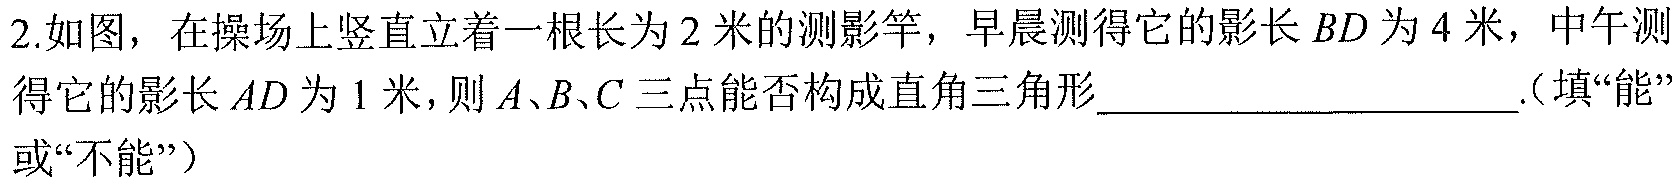
2.如图，在操场上竖直立着一根长为2米的测影竿，早晨测得它的影长\(BD\)为4米，中午测得它的影长\(AD\)为1米，则\(A、B、C\)三点能否构成直角三角形___.（填“能”或“不能”）